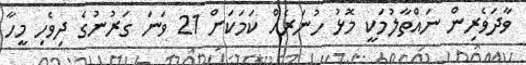
ވާދަވެރިން ނައްތާލުމަކީ މޮޅު ހުނަރެއް ކަމަކަށް 21 ވަނަ ގަރުނުގެ ދިވެހި މީހާ